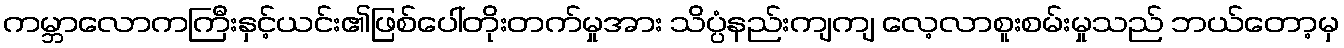
ကမ္ဘာလောကကြီးနှင့်ယင်း၏ဖြစ်ပေါ်တိုးတက်မှုအား သိပ္ပံနည်းကျကျ လေ့လာစူးစမ်းမှုသည် ဘယ်တော့မှ